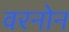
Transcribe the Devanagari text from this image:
वरनोन